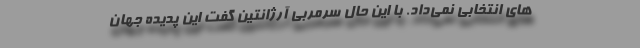
های انتخابی نمی‌داد. با این حال سرمربی آرژانتین گفت این پدیده جهان